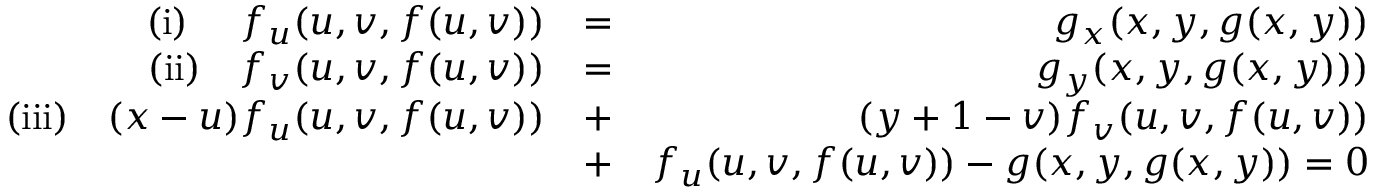
\begin{array} { r l r } { \mathrm { ( i ) } \ \ \ \ f _ { u } ( u , v , f ( u , v ) ) } & { = } & { g _ { x } ( { x , y , g ( x , y ) } ) } \\ { \mathrm { ( i i ) } \ \ \ f _ { v } ( u , v , f ( u , v ) ) } & { = } & { g _ { y } ( { x , y , g ( x , y ) ) } ) } \\ { \mathrm { ( i i i ) } \ \ \ ( x - u ) f _ { u } ( u , v , f ( u , v ) ) } & { + } & { ( y + 1 - v ) f _ { v } ( u , v , f ( u , v ) ) } \\ & { + } & { f _ { u } ( u , v , f ( u , v ) ) - g ( x , y , g ( x , y ) ) = 0 } \end{array}